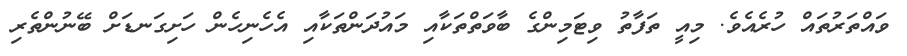
ވައްތަރުތައް ހުރެއެވެ. މިއީ ތަފާތު ވިޓަމިންގެ ބާވަތްތަކާއި މައުދަންތަކާއި އެހެނިހެން ހަށިގަނޑަށް ބޭނުންތެރި